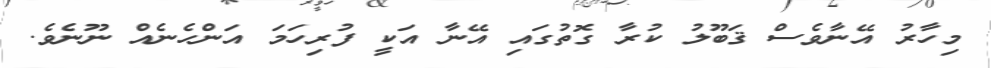
މިހާރު އޭނާވެސް ޤަބޫލު ކުރާ ގޮތުގައި އޭނާ އަކީ ފުރިހަމަ އަންހެނެއް ނޫނެވެ.